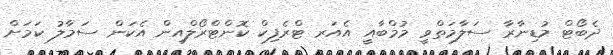
ދެބޯޓް މުޑިނާރާ ސަލާމަތްވީ މުމްބާއީ އެއަރ ޓްރެފިކް ކޮންޓްރޯލްއިން އެކަން ސަމާލު ކަމަށް